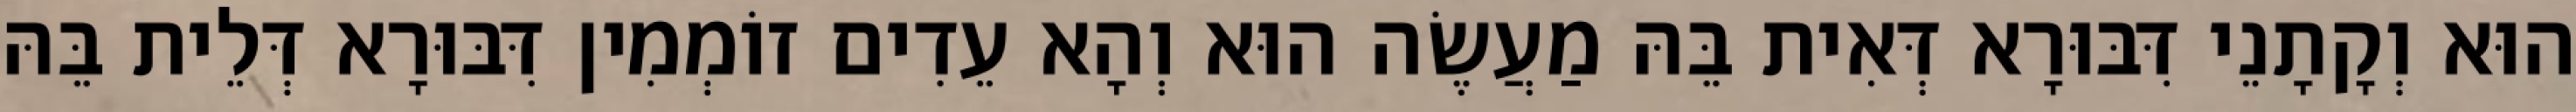
הוּא וְקָתָנֵי דִּבּוּרָא דְּאִית בֵּהּ מַעֲשֶׂה הוּא וְהָא עֵדִים זוֹמְמִין דִּבּוּרָא דְּלֵית בֵּהּ